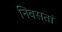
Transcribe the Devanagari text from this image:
निवसतां